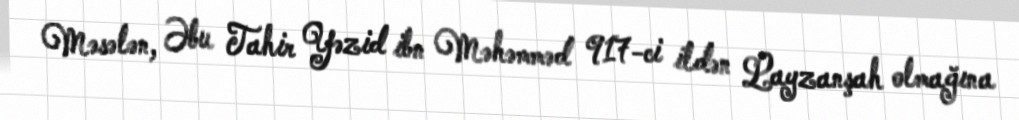
Məsələn, Əbu Tahir Yəzid ibn Məhəmməd 917-ci ildən Layzanşah olmağına